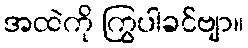
အထဲကို ကြွပါခင်ဗျာ။